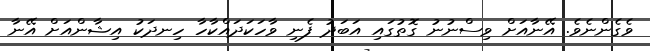
ވެގެންނެވެ. އޭނާއަށް ވިސްނުނު ގޮތުގައި އަބަދު ފެނި ވާހަކަދައްކާހާ ހިނދަކު އިޝާންއަށް އޭނާ